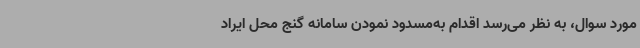
مورد سوال، به نظر می‌رسد اقدام به‌مسدود نمودن سامانه گنج محل ایراد